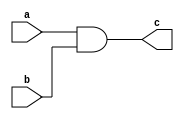
module programs(a,b,c);
     input a,b;
     output c;
     assign c=a&&b;
     endmodule